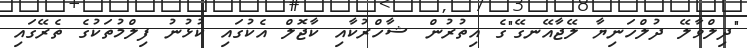
"ދިލްވާލޭ ދުލްހަނިޔާ ލޭޖާއޭނގޭ"ގެ އިތުރުން ޝާހްރުކާއި ކާޖޮލް އެކުގައި ކުޅުނު ފިލްމުތަކުގެ ތެރޭގައި